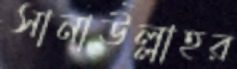
সানাউল্লাহর